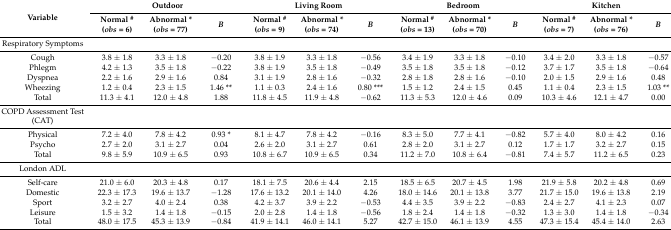
<table><thead><tr><td rowspan="2"><b>Variable</b></td><td colspan="3"><b>Outdoor</b></td><td colspan="3"><b>Living Room</b></td><td colspan="3"><b>Bedroom</b></td><td colspan="3"><b>Kitchen</b></td></tr><tr><td><b>Normal <sup>#</sup> (<i>obs</i> = 6)</b></td><td><b>Abnormal * (<i>obs</i> = 77)</b></td><td><b><i>B</i></b></td><td><b>Normal <sup>#</sup> (<i>obs</i> = 9)</b></td><td><b>Abnormal * (<i>obs</i> = 74)</b></td><td><b><i>B</i></b></td><td><b>Normal <sup>#</sup> (<i>obs</i> = 13)</b></td><td><b>Abnormal * (<i>obs</i> = 70)</b></td><td><b><i>B</i></b></td><td><b>Normal <sup>#</sup> (<i>obs</i> = 7)</b></td><td><b>Abnormal * (<i>obs</i> = 76)</b></td><td><b><i>B</i></b></td></tr></thead><tbody><tr><td>Respiratory Symptoms</td><td></td><td></td><td></td><td></td><td></td><td></td><td></td><td></td><td></td><td></td><td></td><td></td></tr><tr><td>Cough</td><td>3.8 ± 1.8</td><td>3.3 ± 1.8</td><td>−0.20</td><td>3.8 ± 1.9</td><td>3.3 ± 1.8</td><td>−0.56</td><td>3.4 ± 1.9</td><td>3.3 ± 1.8</td><td>−0.10</td><td>3.4 ± 2.0</td><td>3.3 ± 1.8</td><td>−0.57</td></tr><tr><td>Phlegm</td><td>4.2 ± 1.3</td><td>3.5 ± 1.8</td><td>−0.22</td><td>3.8 ± 1.9</td><td>3.5 ± 1.8</td><td>−0.49</td><td>3.5 ± 1.8</td><td>3.5 ± 1.8</td><td>−0.12</td><td>3.7 ± 1.7</td><td>3.5 ± 1.8</td><td>−0.64</td></tr><tr><td>Dyspnea</td><td>2.2 ± 1.6</td><td>2.9 ± 1.6</td><td>0.84</td><td>3.1 ± 1.9</td><td>2.8 ± 1.6</td><td>−0.32</td><td>2.8 ± 1.8</td><td>2.8 ± 1.6</td><td>−0.10</td><td>2.0 ± 1.5</td><td>2.9 ± 1.6</td><td>0.48</td></tr><tr><td>Wheezing</td><td>1.2 ± 0.4</td><td>2.3 ± 1.5</td><td>1.46 **</td><td>1.1 ± 0.3</td><td>2.4 ± 1.6</td><td>0.80 ***</td><td>1.5 ± 1.2</td><td>2.4 ± 1.5</td><td>0.45</td><td>1.1 ± 0.4</td><td>2.3 ± 1.5</td><td>1.03 **</td></tr><tr><td>Total</td><td>11.3 ± 4.1</td><td>12.0 ± 4.8</td><td>1.88</td><td>11.8 ± 4.5</td><td>11.9 ± 4.8</td><td>−0.62</td><td>11.3 ± 5.3</td><td>12.0 ± 4.6</td><td>0.09</td><td>10.3 ± 4.6</td><td>12.1 ± 4.7</td><td>0.00</td></tr><tr><td>COPD Assessment Test (CAT)</td><td></td><td></td><td></td><td></td><td></td><td></td><td></td><td></td><td></td><td></td><td></td><td></td></tr><tr><td>Physical</td><td>7.2 ± 4.0</td><td>7.8 ± 4.2</td><td>0.93 *</td><td>8.1 ± 4.7</td><td>7.8 ± 4.2</td><td>−0.16</td><td>8.3 ± 5.0</td><td>7.7 ± 4.1</td><td>−0.82</td><td>5.7 ± 4.0</td><td>8.0 ± 4.2</td><td>0.16</td></tr><tr><td>Psycho</td><td>2.7 ± 2.0</td><td>3.1 ± 2.7</td><td>0.04</td><td>2.6 ± 2.0</td><td>3.1 ± 2.7</td><td>0.61</td><td>2.8 ± 2.0</td><td>3.1 ± 2.7</td><td>0.12</td><td>1.7 ± 1.7</td><td>3.2 ± 2.7</td><td>0.15</td></tr><tr><td>Total</td><td>9.8 ± 5.9</td><td>10.9 ± 6.5</td><td>0.93</td><td>10.8 ± 6.7</td><td>10.9 ± 6.5</td><td>0.34</td><td>11.2 ± 7.0</td><td>10.8 ± 6.4</td><td>−0.81</td><td>7.4 ± 5.7</td><td>11.2 ± 6.5</td><td>0.23</td></tr><tr><td>London ADL</td><td></td><td></td><td></td><td></td><td></td><td></td><td></td><td></td><td></td><td></td><td></td><td></td></tr><tr><td>Self-care</td><td>21.0 ± 6.0</td><td>20.3 ± 4.8</td><td>0.17</td><td>18.1 ± 7.5</td><td>20.6 ± 4.4</td><td>2.15</td><td>18.5 ± 6.5</td><td>20.7 ± 4.5</td><td>1.98</td><td>21.9 ± 5.8</td><td>20.2 ± 4.8</td><td>0.69</td></tr><tr><td>Domestic</td><td>22.3 ± 17.3</td><td>19.6 ± 13.7</td><td>−1.28</td><td>17.6 ± 13.2</td><td>20.1 ± 14.0</td><td>4.26</td><td>18.0 ± 14.6</td><td>20.1 ± 13.8</td><td>3.77</td><td>21.7 ± 15.0</td><td>19.6 ± 13.8</td><td>2.19</td></tr><tr><td>Sport</td><td>3.2 ± 2.7</td><td>4.0 ± 2.4</td><td>0.38</td><td>4.2 ± 3.7</td><td>3.9 ± 2.2</td><td>−0.53</td><td>4.4 ± 3.5</td><td>3.9 ± 2.2</td><td>−0.83</td><td>2.4 ± 2.7</td><td>4.1 ± 2.3</td><td>0.07</td></tr><tr><td>Leisure</td><td>1.5 ± 3.2</td><td>1.4 ± 1.8</td><td>−0.15</td><td>2.0 ± 2.8</td><td>1.4 ± 1.8</td><td>−0.56</td><td>1.8 ± 2.4</td><td>1.4 ± 1.8</td><td>−0.32</td><td>1.3 ± 3.0</td><td>1.4 ± 1.8</td><td>−0.34</td></tr><tr><td>Total</td><td>48.0 ± 17.5</td><td>45.3 ± 13.9</td><td>−0.84</td><td>41.9 ± 14.1</td><td>46.0 ± 14.1</td><td>5.27</td><td>42.7 ± 15.0</td><td>46.1 ± 13.9</td><td>4.55</td><td>47.3 ± 15.4</td><td>45.4 ± 14.0</td><td>2.63</td></tr></tbody></table>